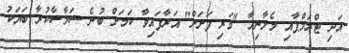
އަދި ޓްރަމްޕާއި މެލާނިއާ "ވަރި ފަށަށް" އަރާފައިވާ ކަމަށް ބުނެ ސަމާސާކުރާ ބަޔަކު